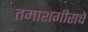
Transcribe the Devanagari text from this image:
तमाशगीराचे